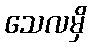
သေလမှိ